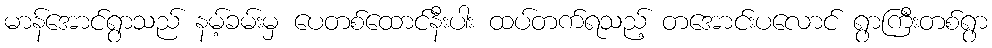
မာန်အောင်ရွာသည် နမ့်ခမ်းမှ ပေတစ်ထောင်နီးပါး ထပ်တက်ရသည့် တအောင်းပလောင် ရွာကြီးတစ်ရွာ